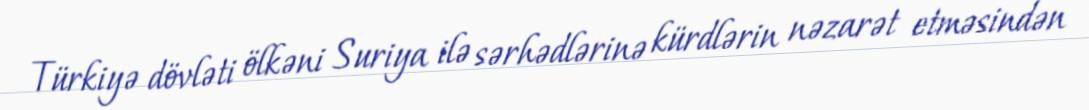
Türkiyə dövləti ölkəni Suriya ilə sərhədlərinə kürdlərin nəzarət etməsindən